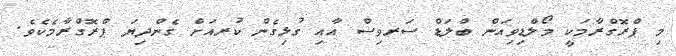
މި ޕްރޮގްރާމަކީ މޯލްޑިވިއަން ބްލަޑް ސަރވިސް އާއި ގުޅިގެން ކުރއަށް ގެންދިޔަ ޕްރޮގްރާމެކެވެ.